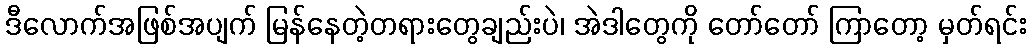
ဒီလောက်အဖြစ်အပျက် မြန်နေတဲ့တရားတွေချည်းပဲ၊ အဲဒါတွေကို တော်တော် ကြာတော့ မှတ်ရင်း